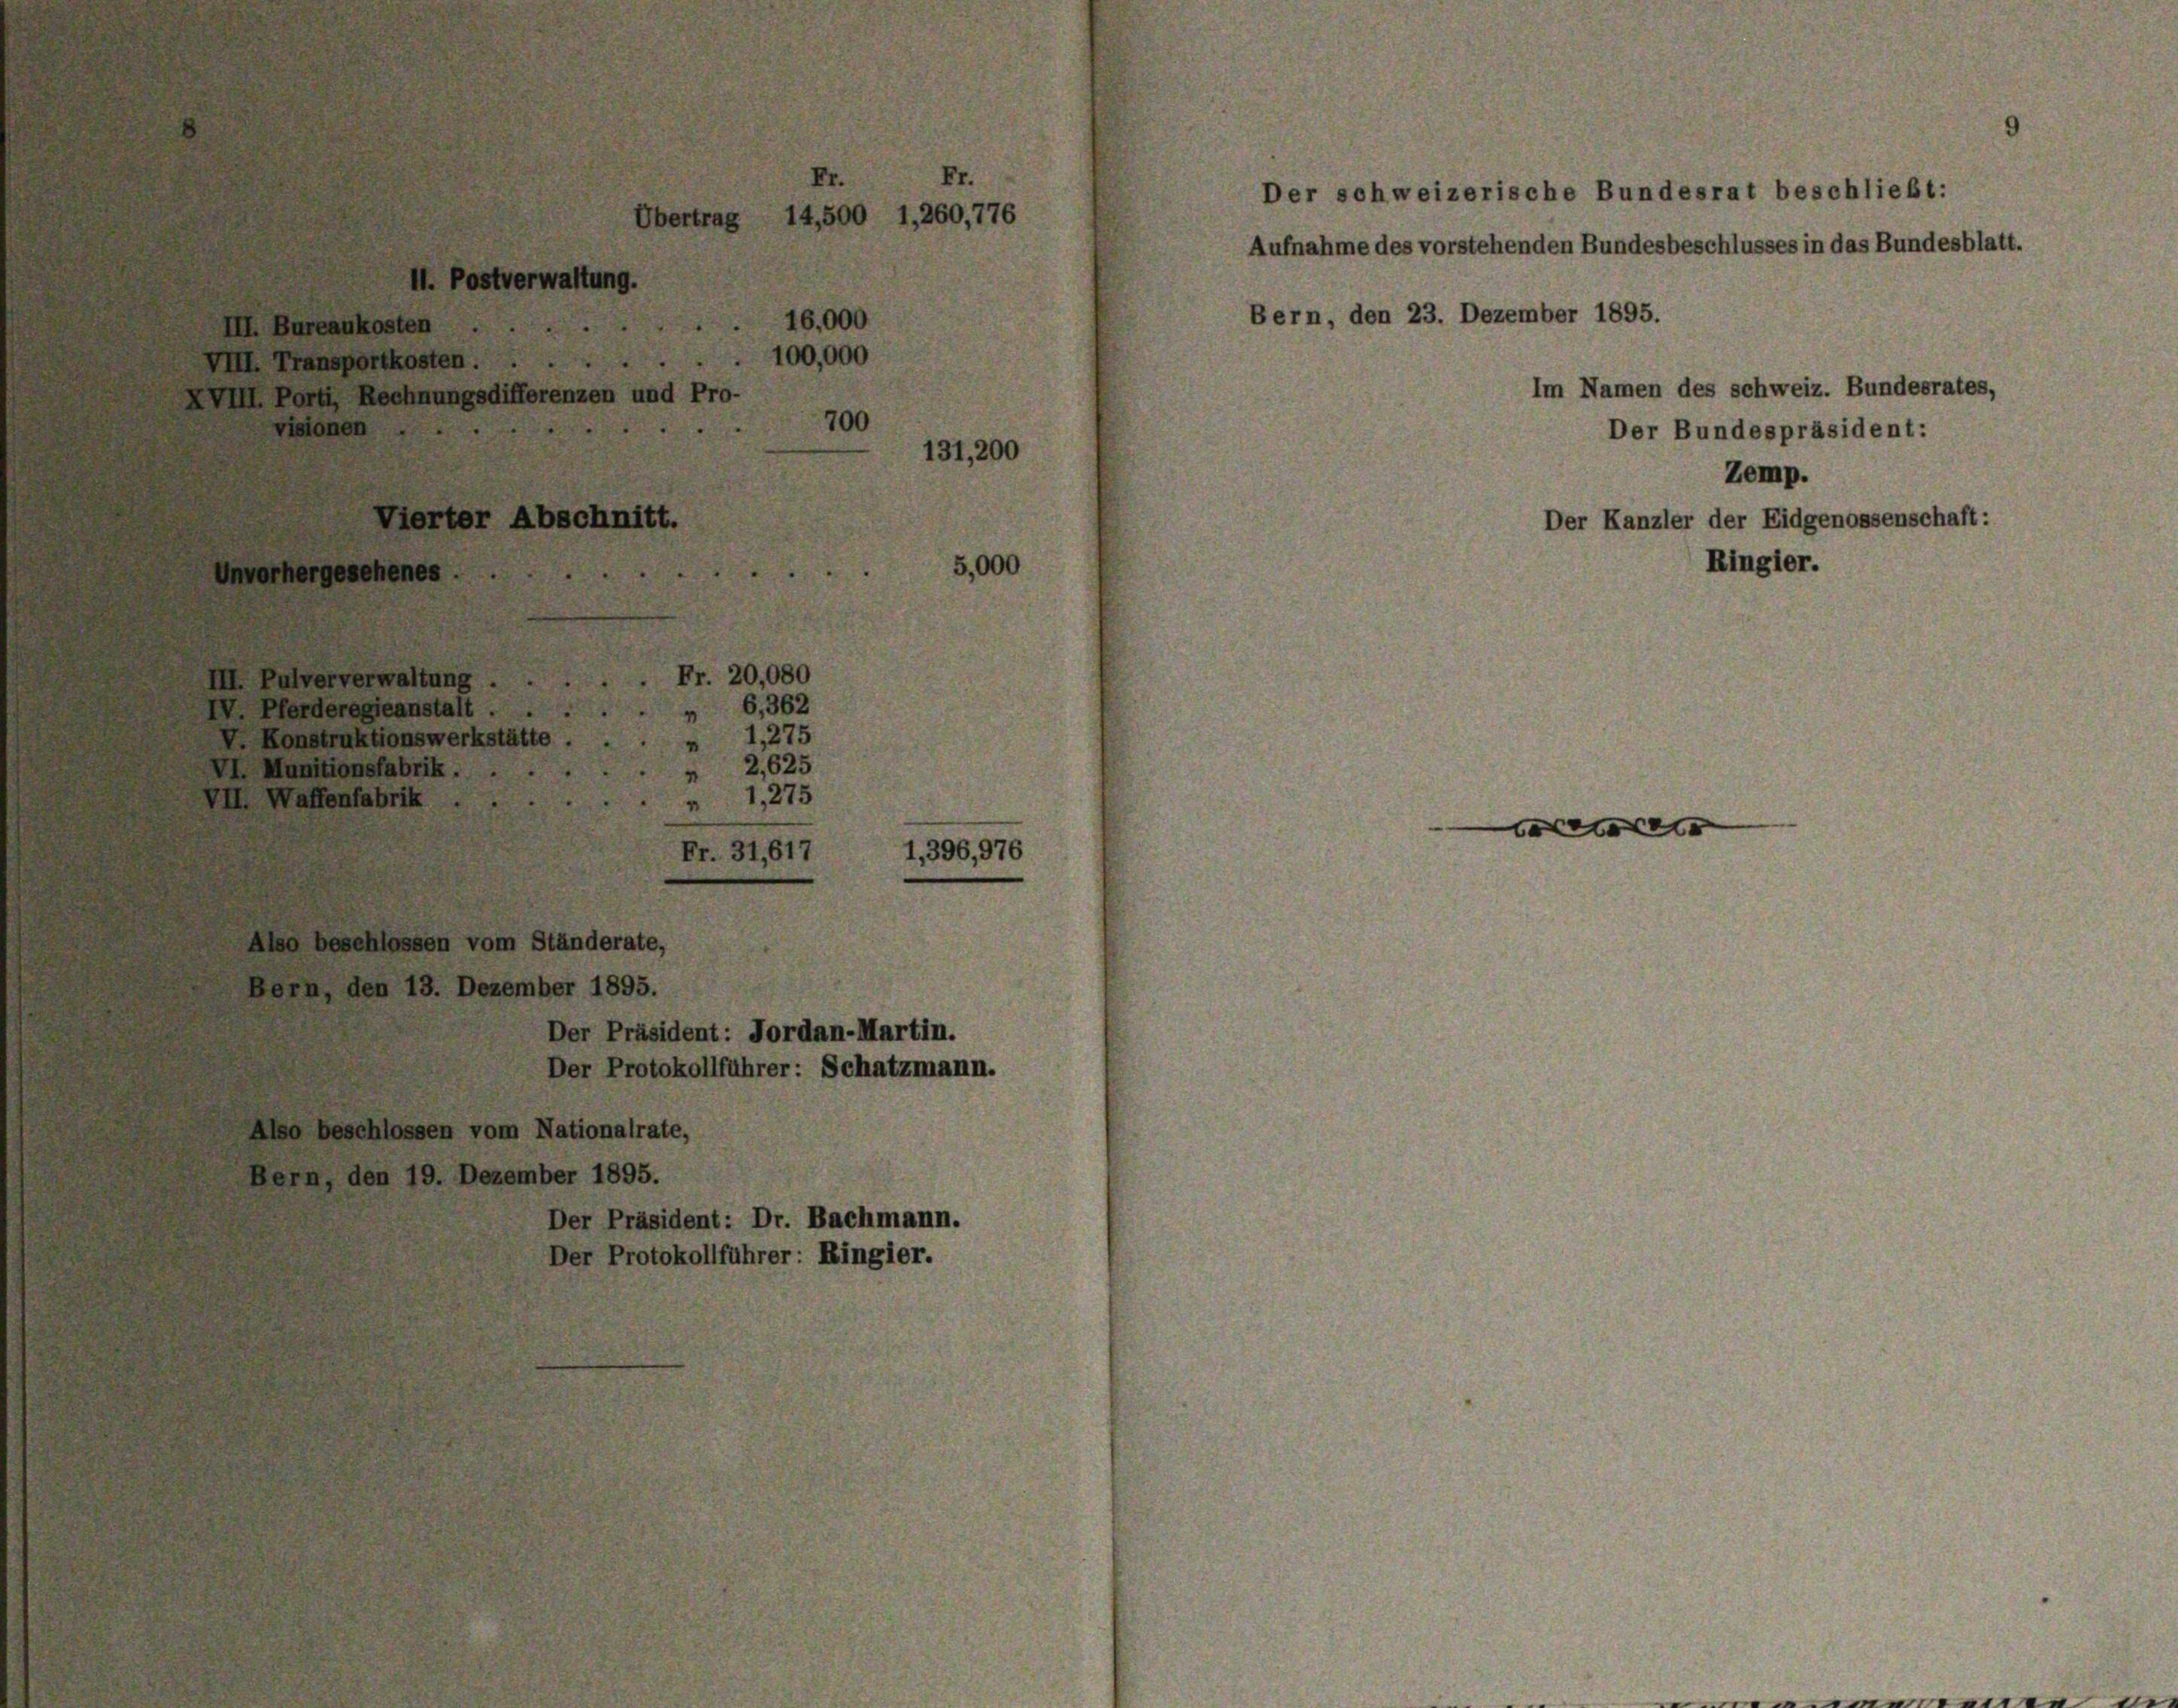
Übertrag 14,500 1,260,776
H. Postverwaltung.
III. Bureaukosten
100,000
VIII. Transportkosten
XVIII. Porti, Rechnungsdifferenzen und Pro-
700
visionen
Vierter Abschnitt.
5,000
Unvorhergesehenes

Fr. 20,080
III. Pulververwaltung
6,362
IV. Pferderegieanstalt
4
1,275
V. Konstruktionswerkstätte
“
2,625
VI. Munitionsfabrik.
“
1,275
VII. Waffenfabrik
“
Fr. 31,617
Also beschlossen vom Ständerate,
Bern, den 13. Dezember 1895.
Der Präsident: Jordan-Martin.
Der Protokollführer: Schatzmann.
Also beschlossen vom Nationalrate,
Bern, den 19. Dezember 1895.
Der Präsident: Dr. Bachmann.

Der Protokollführer: Ringier.

16,000

1, 396, 976

131,200

Bern, den 23. Dezember 1895.

Der schweizerische Bundesrat beschließt:
Aufnahme des vorstehenden Bundesbeschlusses in das Bundesblatt.

Der Kanzler der Eidgenossenschaft:
Ringier.

e

Zemp.

Im Namen des schweiz. Bundesrates,
Der Bundespräsident: